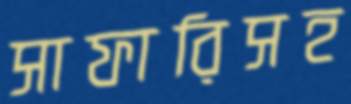
সাফারিসহ